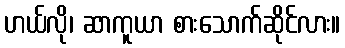
ဟယ်လို၊ ဆာကူယာ စားသောက်ဆိုင်လား။